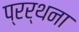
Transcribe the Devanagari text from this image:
प्रर्थना